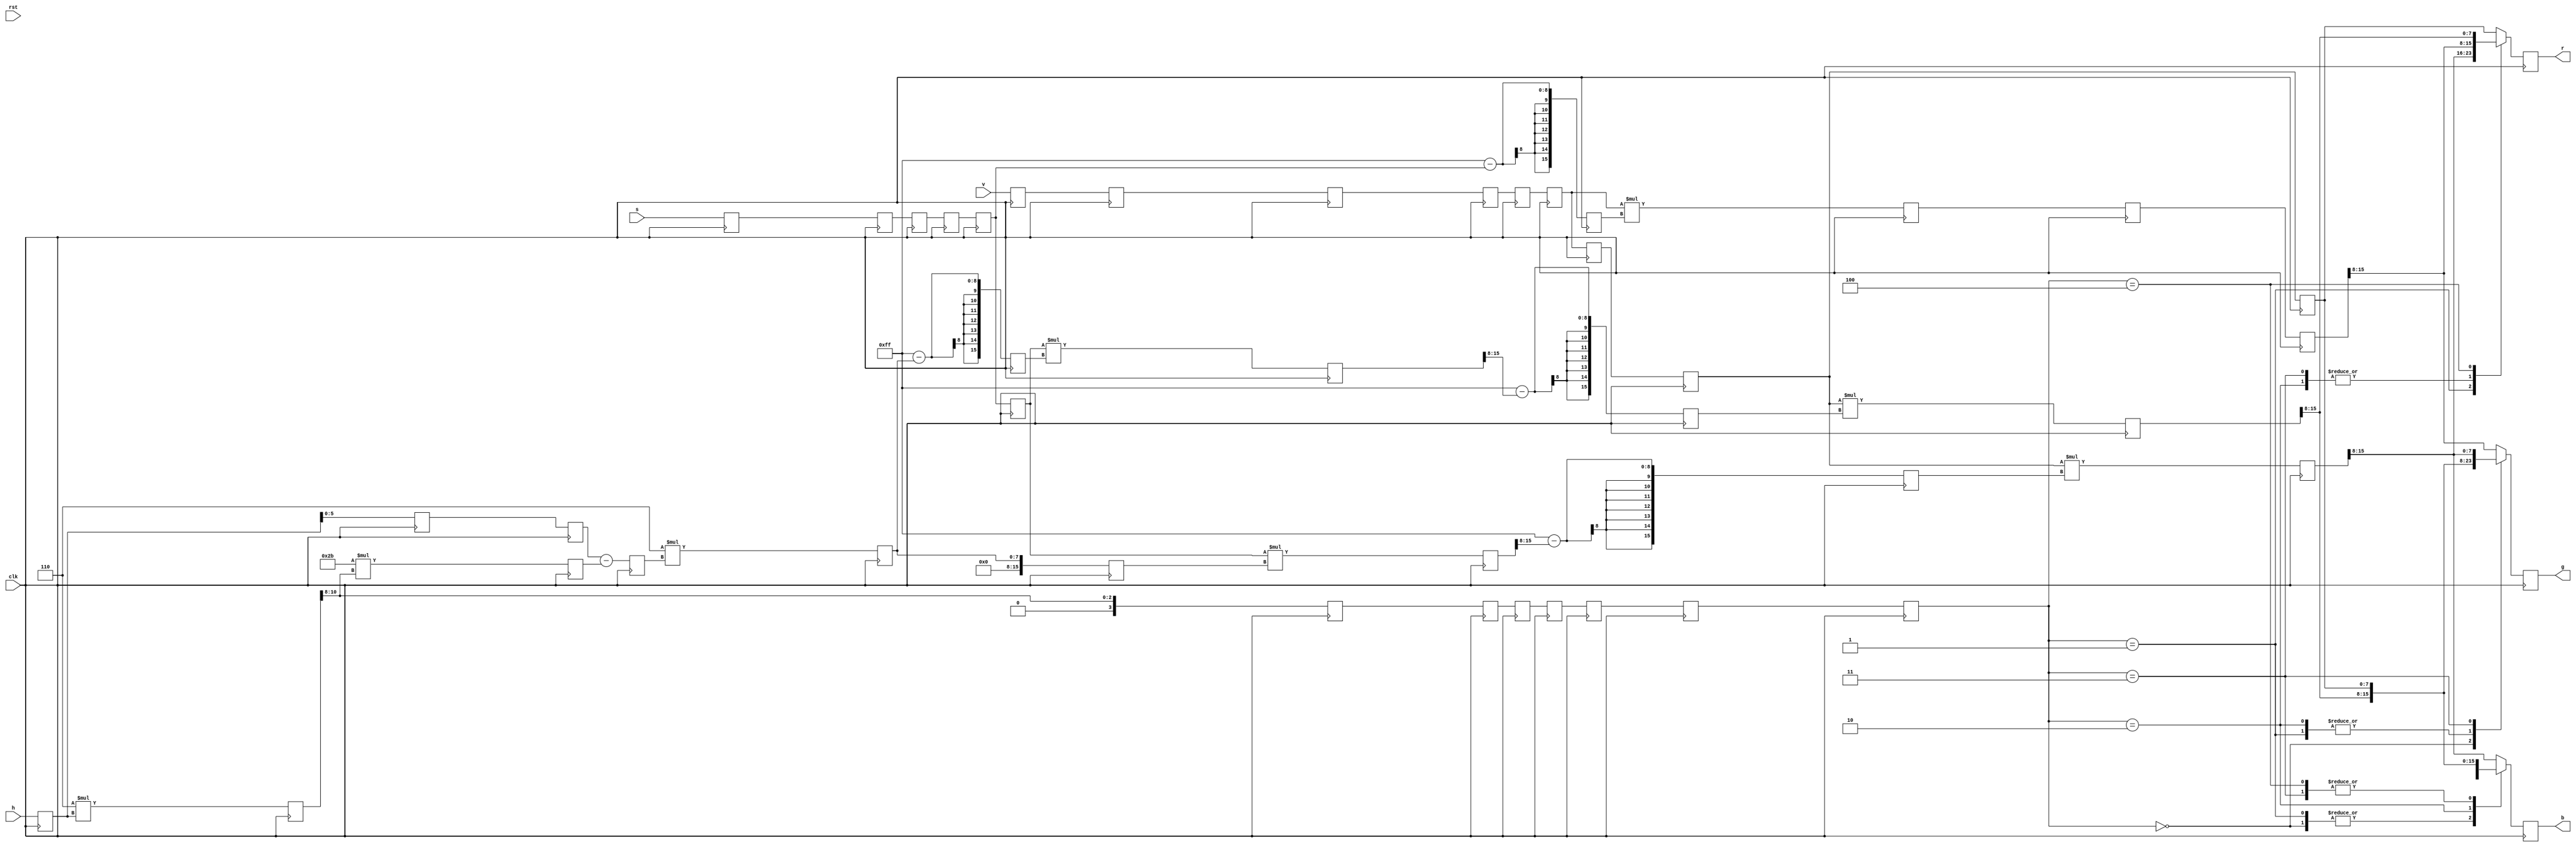
`timescale 1ns / 1ps
//////////////////////////////////////////////////////////////////////////////////
// Company: 
// 
// Design Name: 
// Module Name:    hsv2rgb 
// Project Name: 
// Target Devices: 
// Tool versions: 
// Description: Converts HSV values into RGB values. Conversion uses only
//              integer math. Pipelined with 10 stages.
//
// Dependencies: 
//
// Revision: 
// Revision 0.01 - File Created
// Additional Comments: 
//
//////////////////////////////////////////////////////////////////////////////////
module hsv2rgb(
    input clk,
    input rst,
    input [7:0] h,
    input [7:0] s,
    input [7:0] v,
    output [7:0] r,
    output [7:0] g,
    output [7:0] b
    );
	 
    // HSV to RGB conversion using integer math
    // algorithm referenced from following source:
    // http://web.mit.edu/storborg/Public/hsvtorgb.c
    
    // latched inputs
    reg [7:0] h_q, s_q, v_q;
    
    reg [3:0] hue_region_q;        // divide hue range into 6 regions (255/6)
    reg [5:0] hue_remainder_q;     // remainder of hue_reg/43
    reg [7:0] hue_remainder255_q;  // hue_remainder*6, in [0:255] range
    
    reg [10:0] h6_q;			// hue*6
    reg [7:0] hue_sum_q;		// 43*hue_region
    
    // temporary variables
    reg [15:0] p0_q, q0_q, t0_q;
    reg [15:0] p1_q, q1_q, t1_q;
    reg [15:0] p2_q, q2_q, t2_q;
    reg [15:0] p3_q, q3_q, t3_q;
    
    // delayed signals
    reg [7:0] h1_q, h2_q;				      // delayed hue
    reg [7:0] s1_q, s2_q, s3_q, s4_q, s5_q;		      // delayed saturation
    reg [7:0] v1_q, v2_q, v3_q, v4_q, v5_q, v6_q, v7_q, v8_q; // delayed value
    reg [3:0] hrg1_q, hrg2_q, hrg3_q, hrg4_q, hrg5_q, hrg6_q; // delayed hue region
    
    // latched output values
    reg [7:0] r_q, g_q, b_q;
	 
    // output assignments
    assign {r, g, b} = {r_q, g_q, b_q};
    
    always @(posedge clk) begin
      //if (rst) begin
      //end else begin
      
      // clock 1: latch inputs, reset counters
      {h_q, s_q, v_q} <= {h, s, v};

      // clock 2: multiply
      h6_q <= 6 * h_q;
      {h1_q, s1_q, v1_q} <= {h_q, s_q, v_q};
      
      // clock 3: calc hue region
      hue_region_q <= h6_q[10:8];
      hue_sum_q <= 6'd43 * h6_q[10:8];
      {h2_q, s2_q, v2_q} <= {h1_q, s1_q, v1_q};
      
      // clock 4: calc remainder
      hue_remainder_q <= h2_q - hue_sum_q;
      {s3_q, v3_q} <= {s2_q, v2_q};
      hrg1_q <= hue_region_q;
      
      // clock 5: multiply remainder
      hue_remainder255_q <= 6 * hue_remainder_q;
      {s4_q, v4_q} <= {s3_q, v3_q};
      hrg2_q <= hrg1_q;
      
      // clocks 6: calculate temporary variables
      p0_q <= 8'd255 - s4_q;
      q0_q <= hue_remainder255_q;
      t0_q <= 8'd255 - hue_remainder255_q;
      {s5_q, v5_q} <= {s4_q, v4_q};
      hrg3_q <= hrg2_q;
      
      // clock 7
      p1_q <= v5_q * p0_q;
      q1_q <= s5_q * q0_q;
      t1_q <= s5_q * t0_q;
      v6_q <= v5_q;
      hrg4_q <= hrg3_q;
      
      // clock 8
      p2_q <= p1_q;
      q2_q <= 8'd255 - q1_q[15:8];
      t2_q <= 8'd255 - t1_q[15:8];
      v7_q <= v6_q;
      hrg5_q <= hrg4_q;
      
      // clock 9
      p3_q <= p2_q;
      q3_q <= v7_q * q2_q;
      t3_q <= v7_q * t2_q;
      v8_q <= v7_q;
      hrg6_q <= hrg5_q;
      
      // clock 10: output values
      case (hrg6_q)
        0       : begin
                    r_q <= v8_q;
                    g_q <= t3_q[15:8];
                    b_q <= p3_q[15:8];
                  end
        1       : begin
                    r_q <= q3_q[15:8];
                    g_q <= v8_q;
                    b_q <= p3_q[15:8];
                  end
        2       : begin
                    r_q <= p3_q[15:8];
                    g_q <= v8_q;
                    b_q <= t3_q[15:8];
                  end
        3       : begin
                    r_q <= p3_q[15:8];
                    g_q <= q3_q[15:8];
                    b_q <= v8_q;
                  end
        4       : begin
                    r_q <= t3_q[15:8];
                    g_q <= p3_q[15:8];
                    b_q <= v8_q;
                  end 
        default : begin
                    r_q <= v8_q;
                    g_q <= p3_q[15:8];
                    b_q <= q3_q[15:8];
                  end            
      endcase
    end
      
endmodule